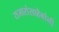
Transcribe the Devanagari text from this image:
राजारांसाहेबांनी